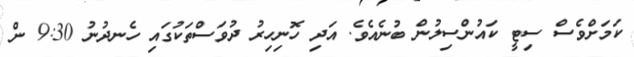
ކަމަށްވެސް ސިޓީ ކައުންސިލުން ބުނެއެވެ. އަދި ހޮނިހިރު ދުވަސްތަކުގައި ހެނދުނު 9:30 ން